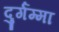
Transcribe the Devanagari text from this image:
दुर्गम्मा